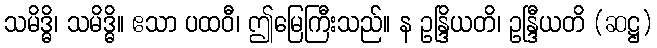
သမိဒ္ဓိ၊ သမိဒ္ဓိ။ ဧသာ ပထဝီ၊ ဤမြေကြီးသည်။ န ဥန္ဒြိယတိ၊ ဥန္ဒြီယတိ (ဆဋ္ဌ)